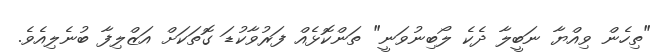
"ތިހެން ވިއްޔާ ނަބީލާ ދެކެ ލޯބިނުވަނީ" ތަންކޮޅެއް ފަރުވާކުޑަ ގޮތަކަށް އަޒްލިފާ ބުނެލިއެވެ.